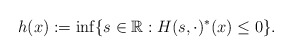
\begin{align*}h(x):=\inf \{s\in \Bbb{R}:H(s,\cdot )^{*}(x)\leq 0\}. \end{align*}